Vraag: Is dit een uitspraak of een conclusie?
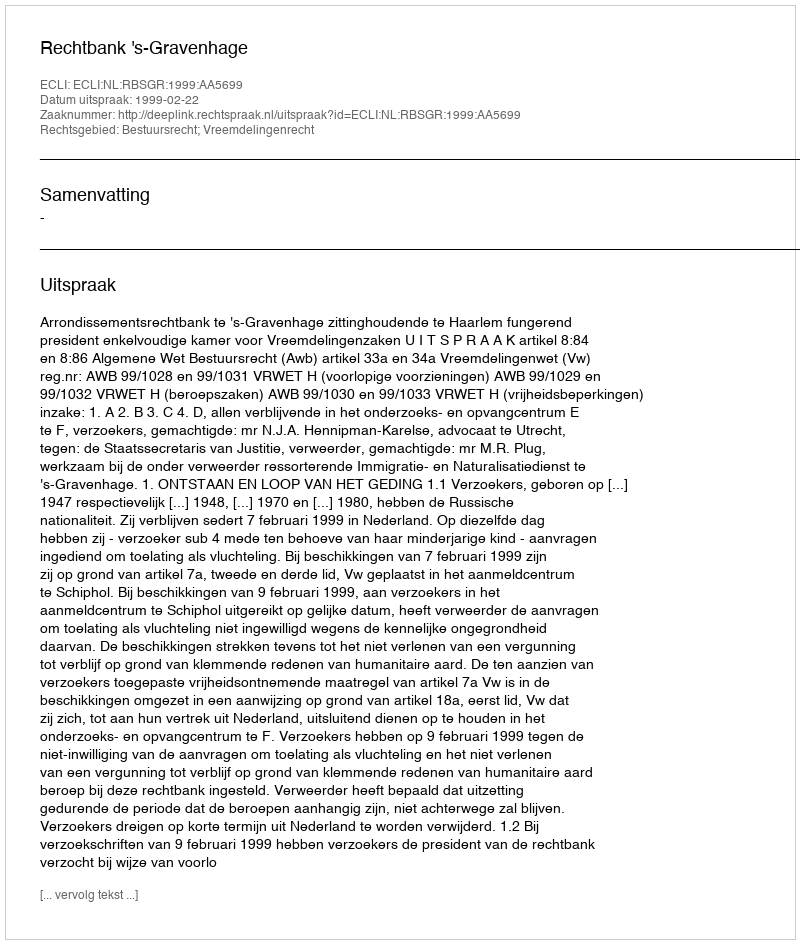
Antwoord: Uitspraak